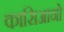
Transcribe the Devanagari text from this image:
कासिआनो